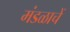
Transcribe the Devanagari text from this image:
मंडळाचें